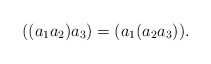
\begin{align*}((a_1a_2)a_3) = (a_1(a_2a_3)).\end{align*}